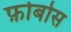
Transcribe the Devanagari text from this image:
फ़ोबोस